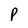
Character: p